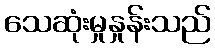
သေဆုံးမှုနှုန်းသည်